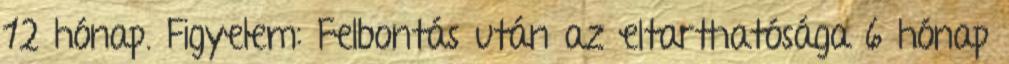
12 hónap. Figyelem: Felbontás után az eltarthatósága 6 hónap